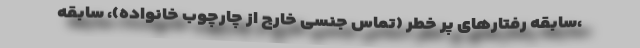
،سابقه رفتارهای پر خطر (تماس جنسی خارج از چارچوب خانواده)، سابقه